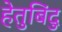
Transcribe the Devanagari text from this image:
हेतुबिंदु